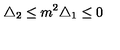
\bigtriangleup _ { 2 } \leq m ^ { 2 } \bigtriangleup _ { 1 } \leq 0